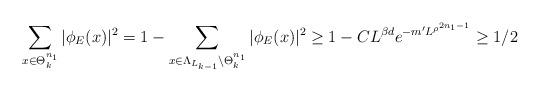
LaTeX: \begin{align*} \sum_{x\in\Theta_k^{n_1}}|\phi_E(x)|^2=1-\sum_{x\in\Lambda_{L_{k-1}}\setminus\Theta_k^{n_1}}|\phi_E(x)|^2\geq 1- CL^{\beta d}e^{-m'L^{\rho^{2n_1-1}}}\geq 1/2 \end{align*}